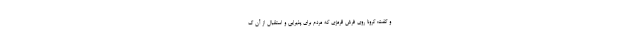
و گفت: کرونا روی فرش قرمزی که مردم برای پذیرایی و استقبال از آن گ